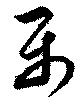
楽